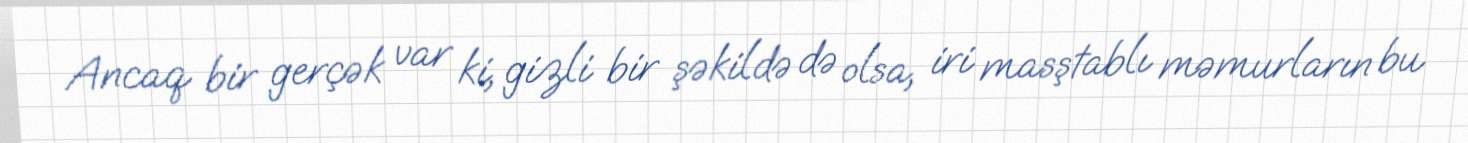
Ancaq bir gerçək var ki, gizli bir şəkildə də olsa, iri masştablı məmurların bu